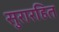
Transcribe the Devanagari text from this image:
सुरारहित